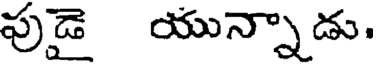
పుడై యున్నాడు.